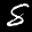
Label: 8